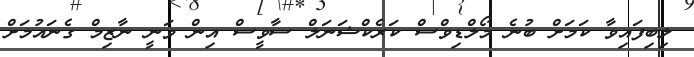
ލިބިފައިވާ ކަމަށް ބުނެ މޯލްޑިވްސް ކަރެކްޝަނަލް ސާވީސް އިން ވަނީ ނާޒިމް ގެނައުމަށް